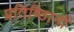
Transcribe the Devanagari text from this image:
प्रतिष्ठिानों